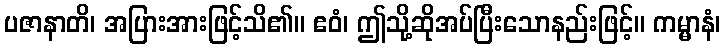
ပဇာနာတိ၊ အပြားအားဖြင့်သိ၏။ ဧဝံ၊ ဤသို့ဆိုအပ်ပြီးသောနည်းဖြင့်။ ကမ္မာနံ၊